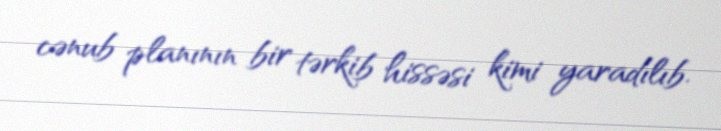
cənub planının bir tərkib hissəsi kimi yaradılıb.